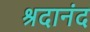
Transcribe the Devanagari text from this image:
श्रदानंद